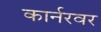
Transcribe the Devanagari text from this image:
कार्नरवर